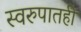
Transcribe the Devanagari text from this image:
स्वरुपातही